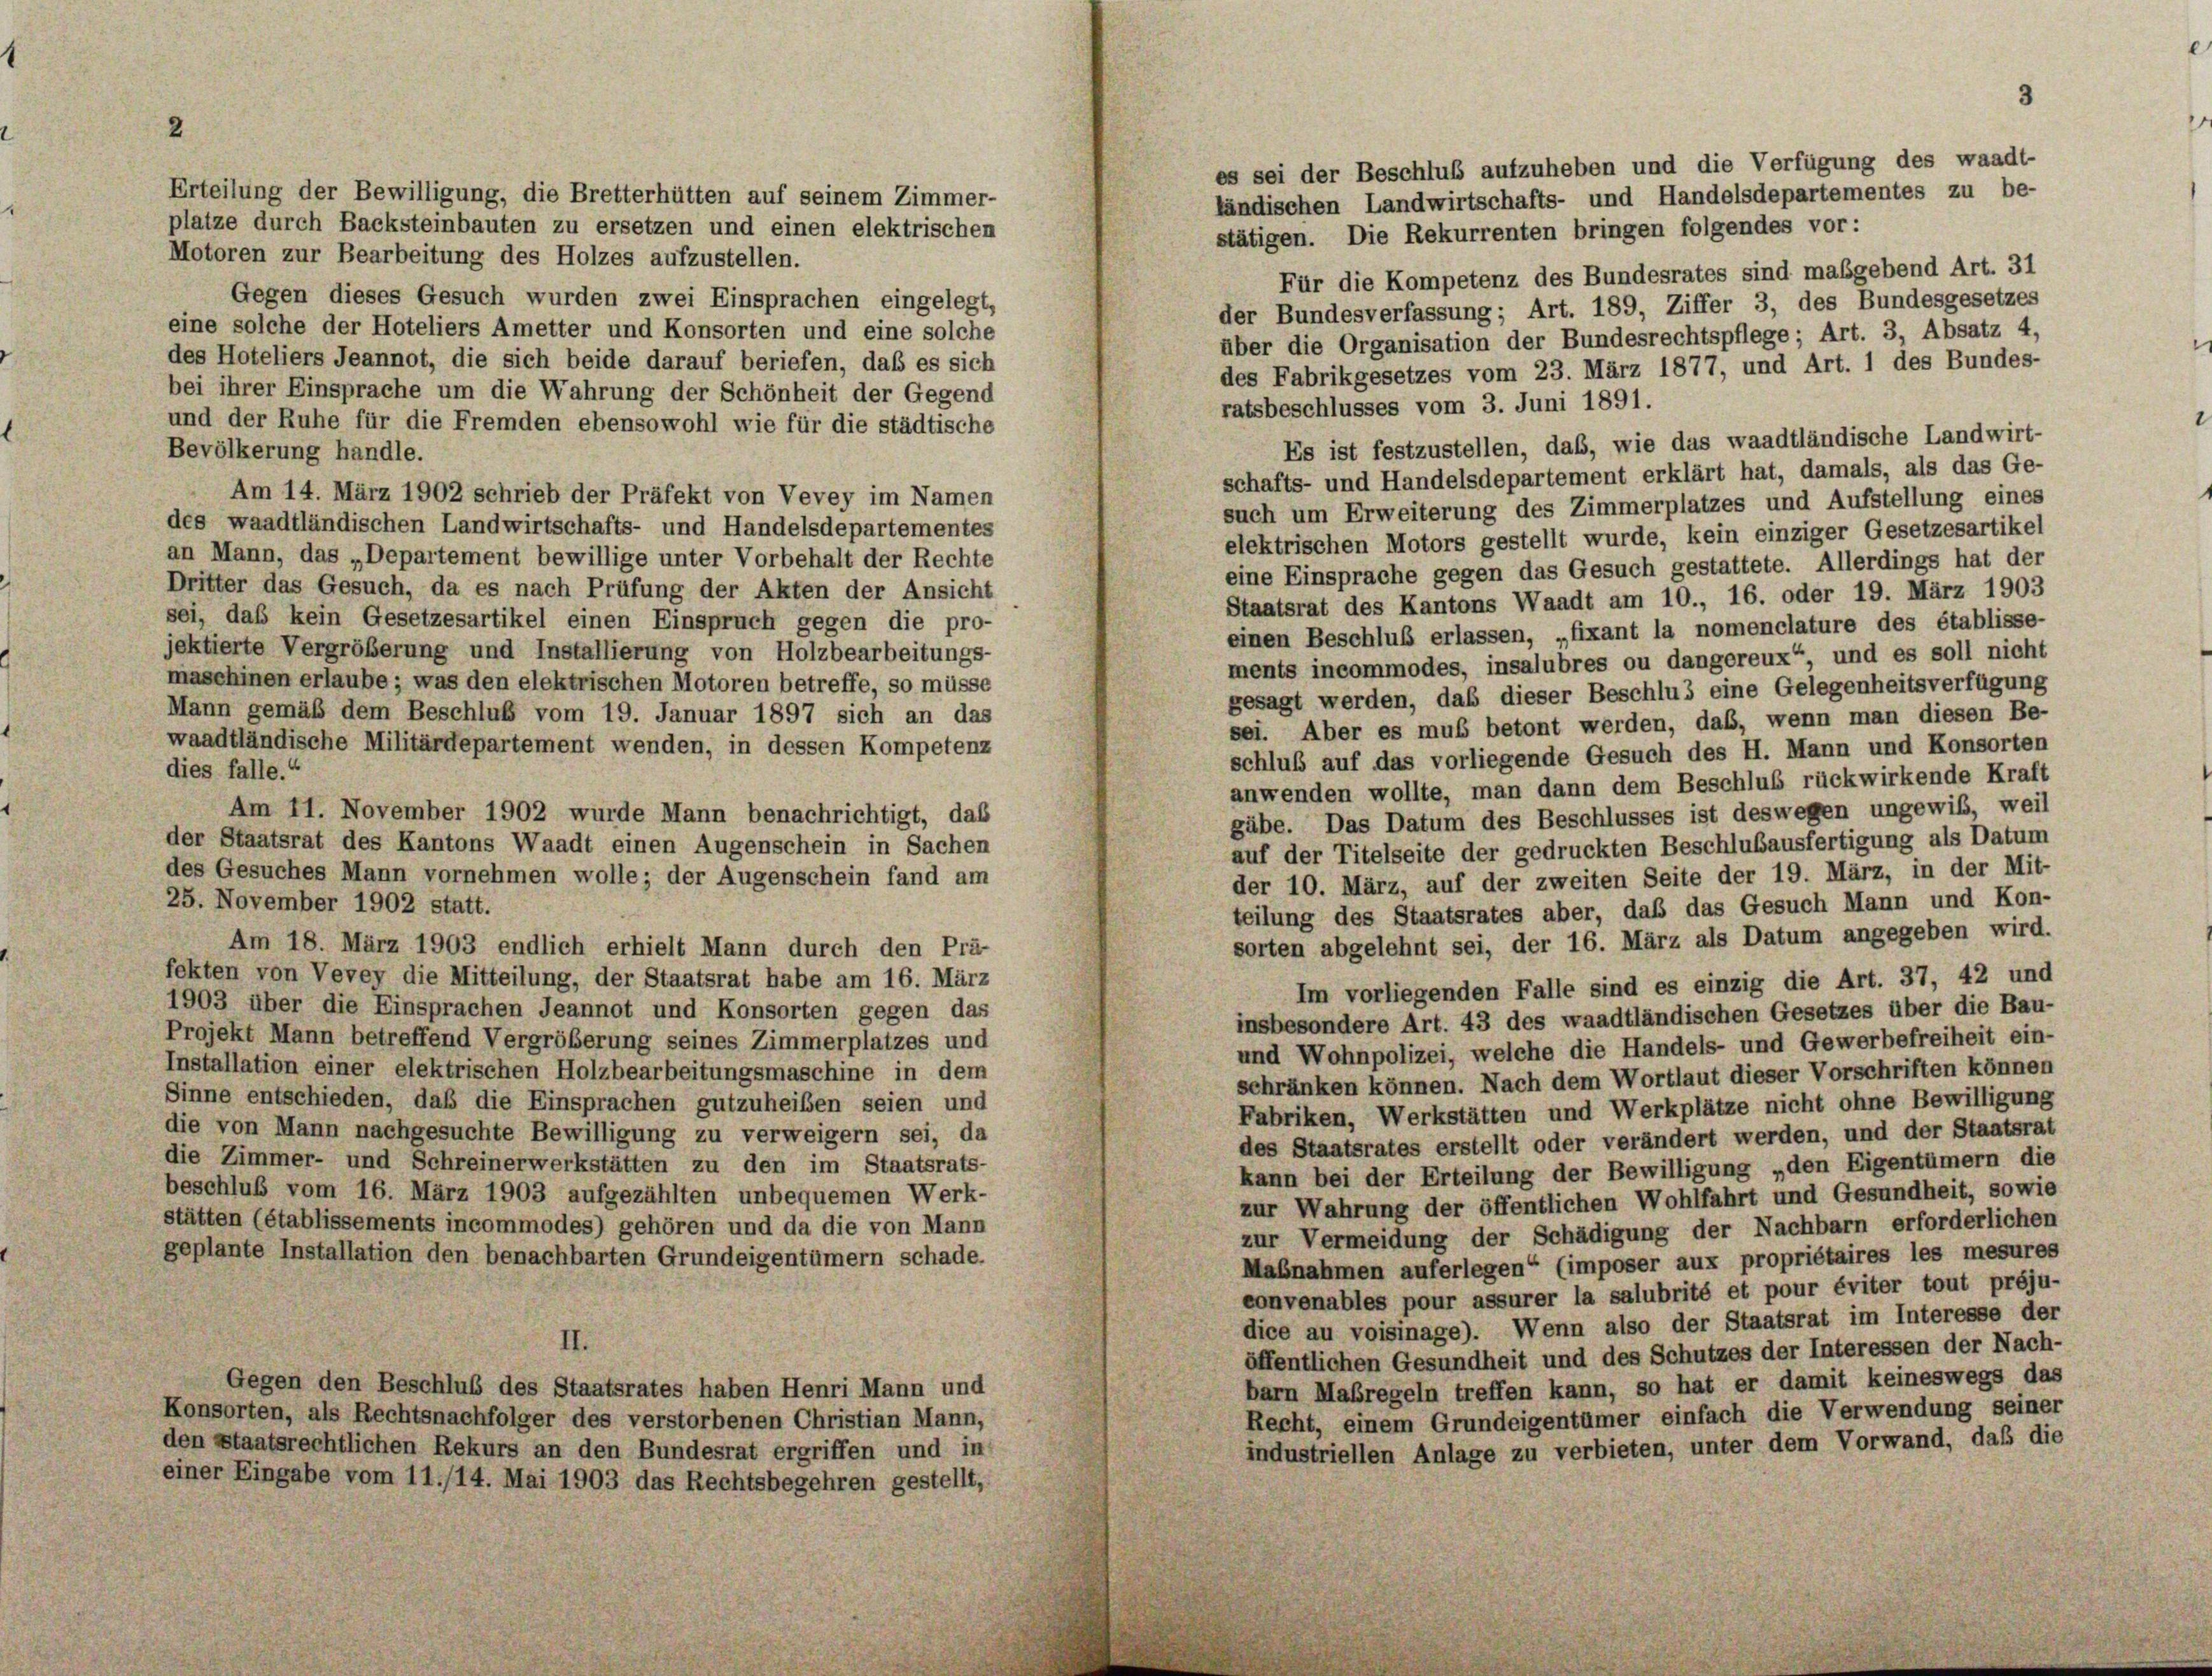
Erteilung der Bewilligung, die Bretterhütten auf seinem Zimmer-

plätze durch Backsteinbauten zu ersetzen und einen elektrischen
stätigen. Die Rekurrenten bringen folgendes vor:
Motoren zur Bearbeitung des Holzes aufzustellen.
Für die Kompetenz des Bundesrates sind maßgebend Art. 31
Gegen dieses Gesuch wurden zwei Einsprachen eingelegt,
der Bundesverfassung; Art. 189, Ziffer 3, des Bundesgesetzes
eine solche der Hoteliers Ametter und Konsorten und eine solche
über die Organisation der Bundesrechtspflege; Art. 3, Absatz 4,
des Hoteliers Jeannot, die sich beide darauf beriefen, daß es sich
des Fabrikgesetzes vom 23. März 1877, und Art. 1 des Bundes-
bei ihrer Einsprache um die Wahrung der Schönheit der Gegend
ratsbeschlusses vom 3. Juni 1891.
und der Ruhe für die Fremden ebensowohl wie für die städtische
Es ist festzustellen, das, wie das waadtländische Landwirt-
Bevölkerung handle.
schafts- und Handelsdepartement erklärt hat, damals, als das Ge-
Am 14. März 1902 schrieb der Präfekt von Vevey im Namen
such um Erweiterung des Zimmerplatzes und Aufstellung eines
des waadtländischen Landwirtschafts- und Handelsdepartementes
elektrischen Motors gestellt wurde, kein einziger Gesetzesartikel
an Mann, das „Departement bewillige unter Vorbehalt der Rechte
eine Einsprache gegen das Gesuch gestattete. Allerdings hat der
Dritter das Gesuch, da es nach Prüfung der Akten der Ansicht
Staatsrat des Kantons Waadt am 10., 16. oder 19. März 1903
sei, daß kein Gesetzesartikel einen Einspruch gegen die pro-
einen Beschluß erlassen, „fixant la nomenclature des établisse-
jektierte Vergrößerung und Installierung von Holzbearbeitungs-
ments incommodes, insalubres ou dangereux“, und es soll nicht
maschinen erlaube ; was den elektrischen Motoren betreffe, so müsse
gesagt werden, daß dieser Beschlus eine Gelegenheitsverfügung
Mann gemäß dem Beschluß vom 19. Januar 1897 sich an das
sei. Aber es muß betont werden, daß, wenn man diesen Be-
waadtländische Militärdepartement wenden, in dessen Kompetenz
schluß auf das vorliegende Gesuch des H. Mann und Konsorten
dies falle.“
anwenden wollte, man dann dem Beschluß rückwirkende Kraft
Am 11. November 1902 wurde Mann benachrichtigt, das
gäbe. Das Datum des Beschlusses ist deswegen ungewiß, weil
der Staatsrat des Kantons Waadt einen Augenschein in Sachen
auf der Titelseite der gedruckten Beschlußausfertigung als Datum
des Gesuches Mann vornehmen wolle; der Augenschein fand am
der 10. März, auf der zweiten Seite der 19. März, in der Mit-
25. November 1902 statt.
teilung des Staatsrates aber, daß das Gesuch Mann und Kon-
sorten abgelehnt sei, der 16. März als Datum angegeben wird.
Am 18. März 1903 endlich erhielt Mann durch den Prä-
fekten von Vevey die Mitteilung, der Staatsrat habe am 16. März
Im vorliegenden Falle sind es einzig die Art. 37, 42 und
1903 über die Einsprachen Jeannot und Konsorten gegen das
insbesondere Art. 43 des waadtländischen Gesetzes über die Bau-
Projekt Mann betreffend Vergrößerung seines Zimmerplatzes und
und Wohnpolizei, welche die Handels- und Gewerbefreiheit ein-
Installation einer elektrischen Holzbearbeitungsmaschine in dem
schränken können. Nach dem Wortlaut dieser Vorschriften können
Sinne entschieden, daß die Einsprachen gutzuheiben seien und
Fabriken, Werkstätten und Werkplätze nicht ohne Bewilligung
die von Mann nachgesuchte Bewilligung zu verweigern sei, da
des Staatsrates erstellt oder verändert werden, und der Staatsrat
die Zimmer- und Schreinerwerkstätten zu den im Staatsrats-
kann bei der Erteilung der Bewilligung „den Eigentümern die
beschluß vom 16. März 1903 aufgezählten unbequemen Werk-
zur Wahrung der öffentlichen Wohlfahrt und Gesundheit, sowie
stätten (établissements incommodes) gehören und da die von Mann
zur Vermeidung der Schädigung der Nachbarn erforderlichen
geplante Installation den benachbarten Grundeigentümern schade.
Maßnahmen auferlegen“ (imposer aux propriétaires les mesures
convenables pour assurer la salubrité et pour éviter tout préju-
dice au voisinage). Wenn also der Staatsrat im Interesse der
II.
öffentlichen Gesundheit und des Schutzes der Interessen der Nach-
barn Maßregeln treffen kann, so hat er damit keineswegs das
Gegen den Beschluß des Staatsrates haben Henri Mann und
Recht, einem Grundeigentümer einfach die Verwendung seiner
Konsorten, als Rechtsnachfolger des verstorbenen Christian Mann,
den staatsrechtlichen Rekurs an den Bundesrat ergriffen und in
industriellen Anlage zu verbieten, unter dem Vorwand, daß die
einer Eingabe vom 11./14. Mai 1903 das Rechtsbegehren gestellt,

es sei der Beschluß aufzuheben und die Verfügung des waadt-
ländischen Landwirtschafts- und Handelsdepartementes zu be-